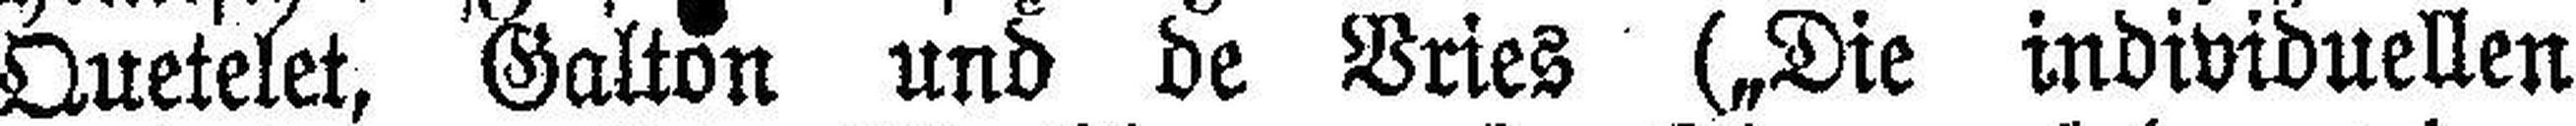
Quetelet, Galton und de Vries („Die individuellen